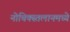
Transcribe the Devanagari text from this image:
नोचिक्स्तलानमध्ये